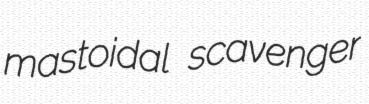
mastoidal scavenger